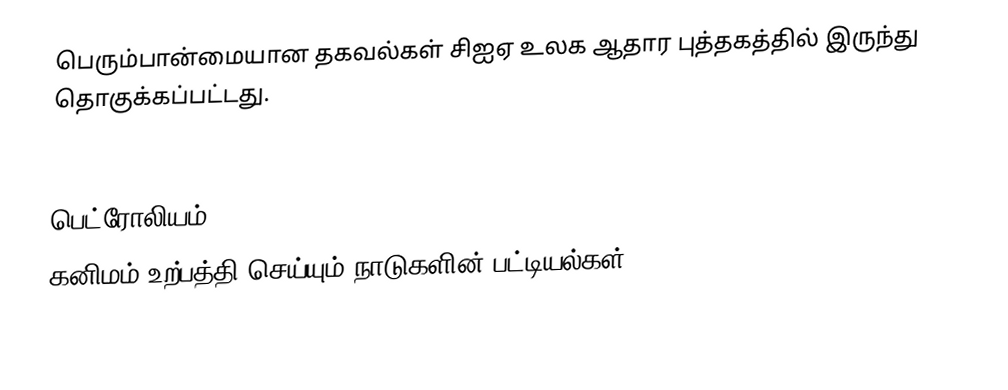
பெரும்பான்மையான தகவல்கள் சிஐஏ உலக ஆதார புத்தகத்தில் இருந்து தொகுக்கப்பட்டது.

பெட்ரோலியம்
கனிமம் உற்பத்தி செய்யும் நாடுகளின் பட்டியல்கள்